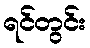
ရင်တွင်း